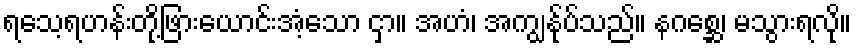
ရသေ့ရဟန်းတို့ဖြားယောင်းအံ့သော ငှာ။ အဟံ၊ အကျွန်ုပ်သည်။ နဂစ္ဆေ၊ မသွားရလို။